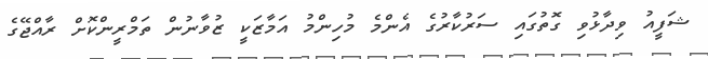
ޝަފީއު ވިދާޅުވި ގޮތުގައި ސަރުކާރުގެ އެންމެ މުހިންމު އަމާޒަކީ ޒުވާނުން ތަމްރީންކޮށް ރާއްޖޭގެ